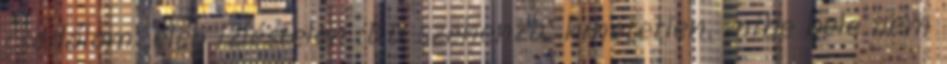
csodálom. elég izléstelen :DD szehenza: hihetetlen. mibe bele nem